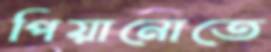
পিয়ানোতে